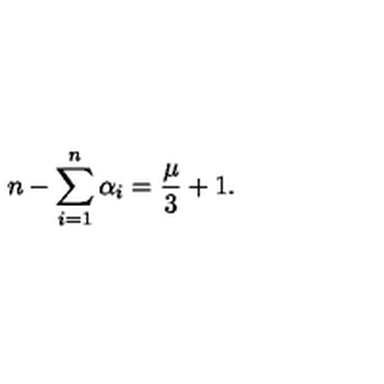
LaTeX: n - \sum _ { i = 1 } ^ { n } \alpha _ { i } = \frac { \mu } { 3 } + 1 .